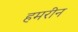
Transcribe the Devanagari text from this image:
हमरीन